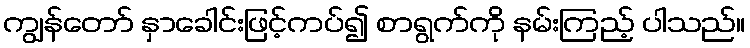
ကျွန်တော် နှာခေါင်းဖြင့်ကပ်၍ စာရွက်ကို နမ်းကြည့် ပါသည်။